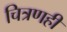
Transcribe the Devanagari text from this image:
चित्रणही